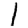
Digit: 1